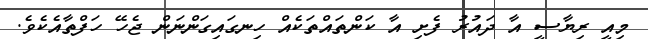
މިއީ ރިޔާސީ އާ ދައުރު ފެށި އާ ކަންތައްތަކެއް ހިނގައިގަންނަން ޖެހޭ ހަފްތާއެކެވެ.